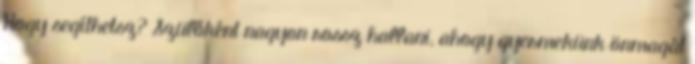
Hogy segíthetsz? Szülőként nagyon rossz hallani, ahogy gyermekünk önmagát